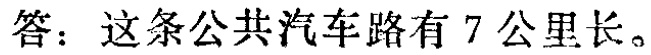
答：这条公共汽车路有 7 公里长。